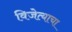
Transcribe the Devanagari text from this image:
विजेत्याचा